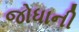
જોધાની